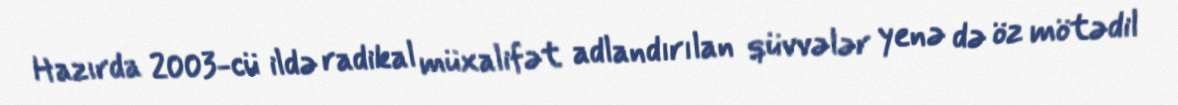
Hazırda 2003-cü ildə radikal müxalifət adlandırılan qüvvələr yenə də öz mötədil